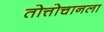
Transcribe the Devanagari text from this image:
तोत्तोचानला